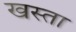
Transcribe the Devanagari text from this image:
खस्‍ता